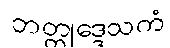
ဘတ္တုဒ္ဒေသကံ